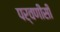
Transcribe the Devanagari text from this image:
पर्वणीसी